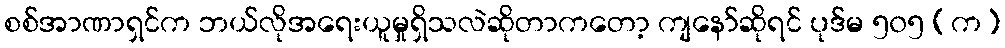
စစ်အာဏာရှင်က ဘယ်လိုအရေးယူမှုရှိသလဲဆိုတာကတော့ ကျနော်ဆိုရင် ပုဒ်မ ၅၀၅ (က)